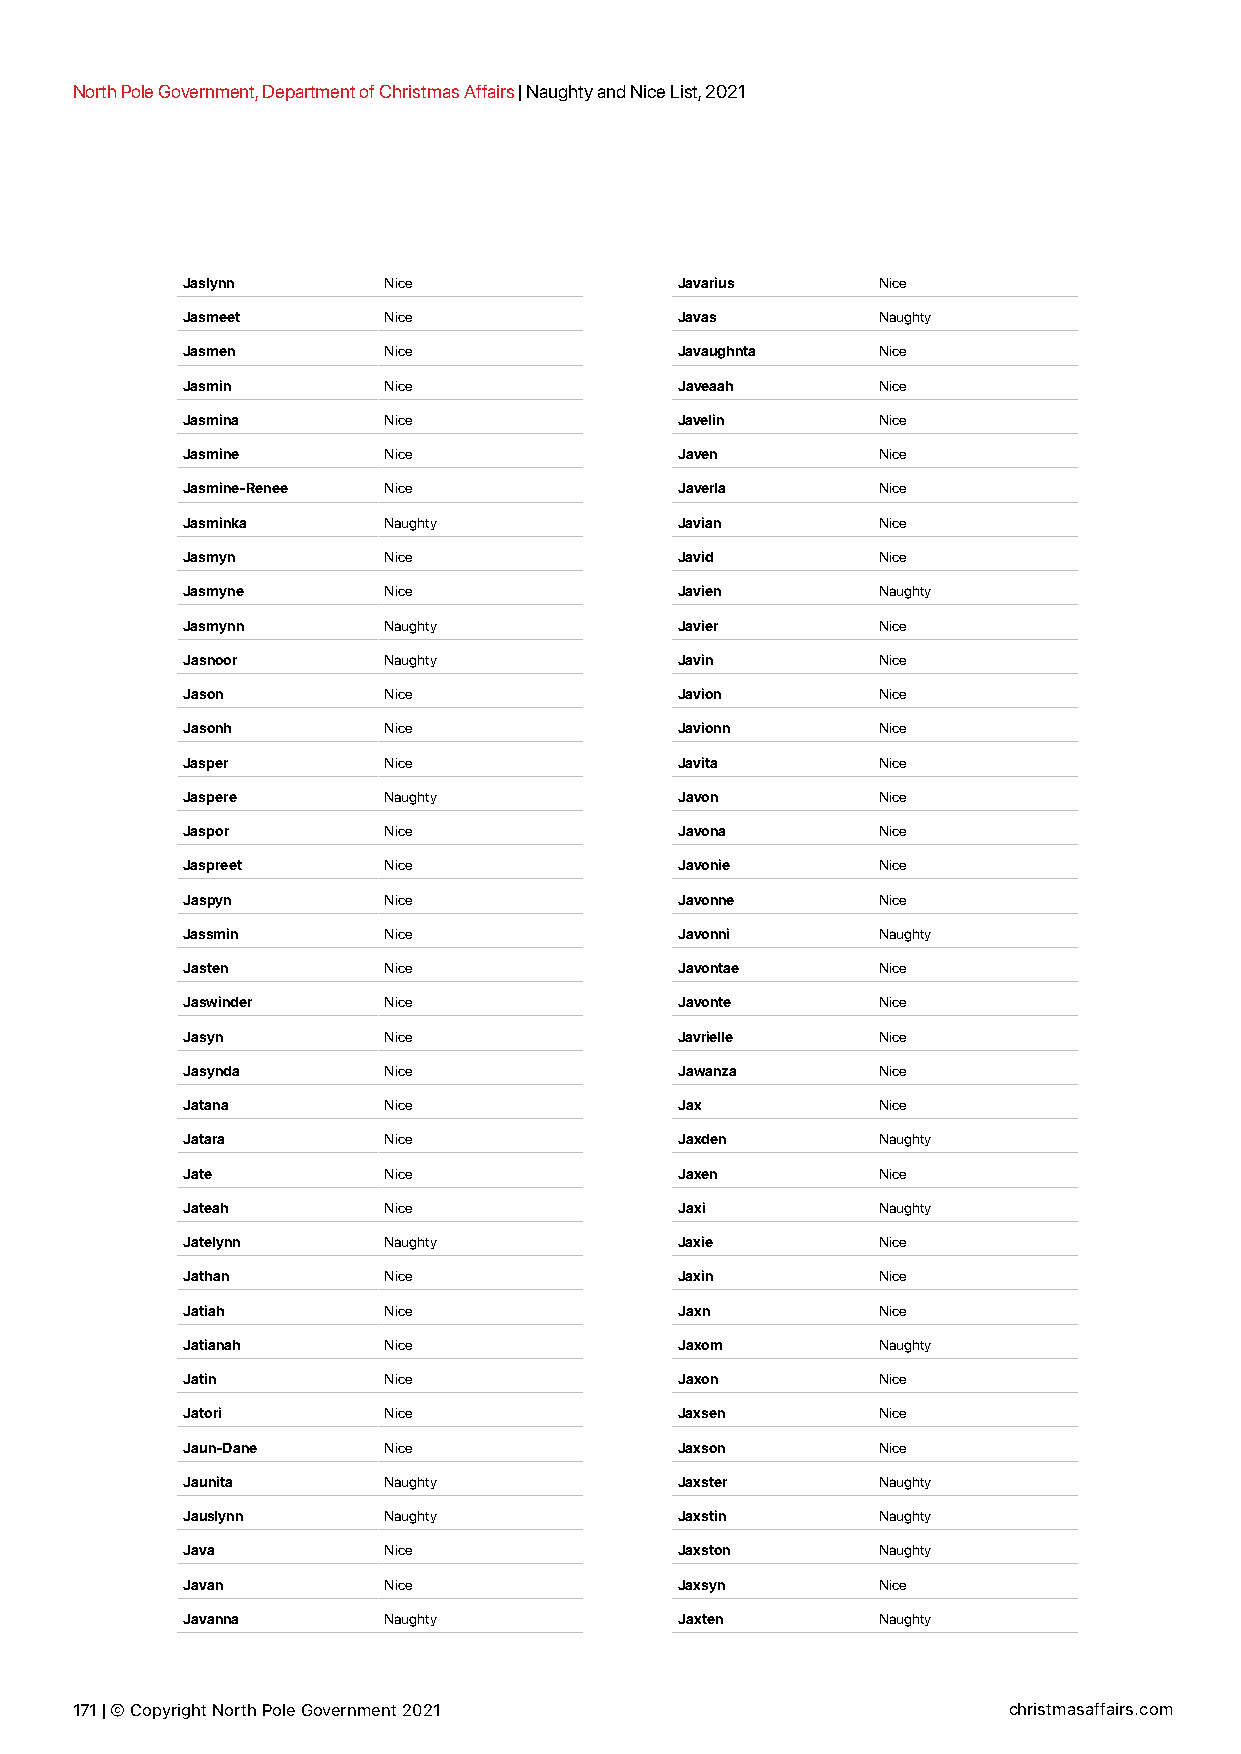
North Pole Government, Department of Christmas Affairs | Naughty and Nice List, 2021
 Jaslynn      Nice                Javarius     Nice
 Jasmeet      Nice                Javas        Naughty
 Jasmen       Nice                Javaughnta   Nice
 Jasmin       Nice                Javeaah      Nice
 Jasmina      Nice                Javelin      Nice
 Jasmine      Nice                Javen        Nice
 Jasmine-Renee Nice               Javerla      Nice
 Jasminka     Naughty             Javian       Nice
 Jasmyn       Nice                Javid        Nice
 Jasmyne      Nice                Javien       Naughty
 Jasmynn      Naughty             Javier       Nice
 Jasnoor      Naughty             Javin        Nice
 Jason        Nice                Javion       Nice
 Jasonh       Nice                Javionn      Nice
 Jasper       Nice                Javita       Nice
 Jaspere      Naughty             Javon        Nice
 Jaspor       Nice                Javona       Nice
 Jaspreet     Nice                Javonie      Nice
 Jaspyn       Nice                Javonne      Nice
 Jassmin      Nice                Javonni      Naughty
 Jasten       Nice                Javontae     Nice
 Jaswinder    Nice                Javonte      Nice
 Jasyn        Nice                Javrielle    Nice
 Jasynda      Nice                Jawanza      Nice
 Jatana       Nice                Jax          Nice
 Jatara       Nice                Jaxden       Naughty
 Jate         Nice                Jaxen        Nice
 Jateah       Nice                Jaxi         Naughty
 Jatelynn     Naughty             Jaxie        Nice
 Jathan       Nice                Jaxin        Nice
 Jatiah       Nice                Jaxn         Nice
 Jatianah     Nice                Jaxom        Naughty
 Jatin        Nice                Jaxon        Nice
 Jatori       Nice                Jaxsen       Nice
 Jaun-Dane    Nice                Jaxson       Nice
 Jaunita      Naughty             Jaxster      Naughty
 Jauslynn     Naughty             Jaxstin      Naughty
 Java         Nice                Jaxston      Naughty
 Javan        Nice                Jaxsyn       Nice
 Javanna      Naughty             Jaxten       Naughty
 171 | © Copyright North Pole Government 2021                  christmasaffairs.com